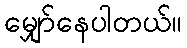
မျှော်နေပါတယ်။